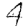
Digit: 4